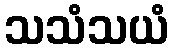
သသံသယံ